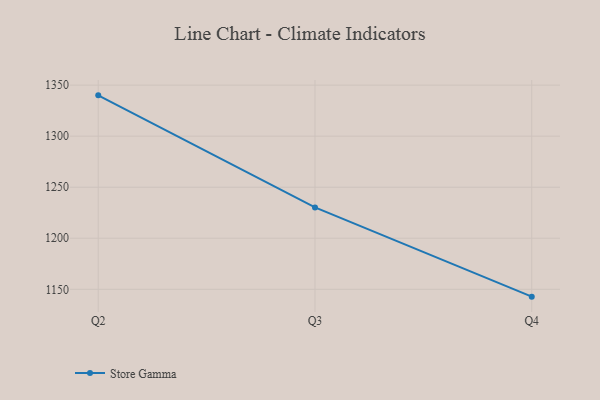
{"axis": {"x": "Quarter", "y": "Customer Acquisition Cost (USD)"}, "legend": ["Store Gamma"], "data": [{"x": "Q2", "y": 1340.0, "type": "Store Gamma"}, {"x": "Q3", "y": 1230.2, "type": "Store Gamma"}, {"x": "Q4", "y": 1142.8, "type": "Store Gamma"}]}